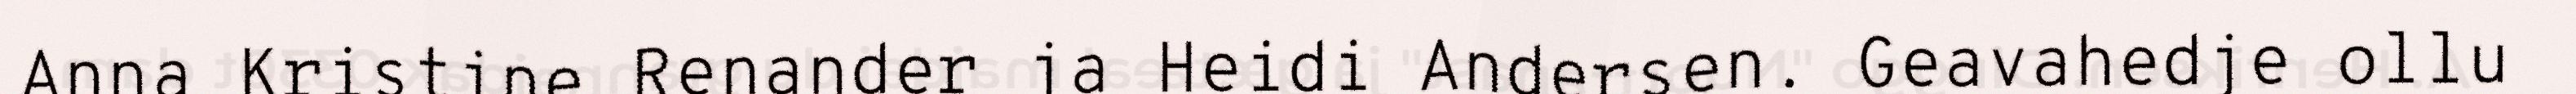
Anna Kristine Renander ja Heidi Andersen. Geavahedje ollu